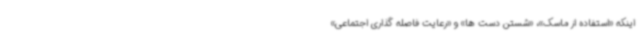
اینکه «استفاده از ماسک»، «شستن دست ها» و «رعایت فاصله گذاری اجتماعی»